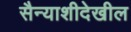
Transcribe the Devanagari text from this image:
सैन्याशीदेखील